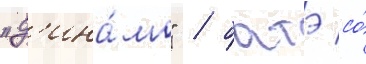
"д'ина́мо" / батэ со́